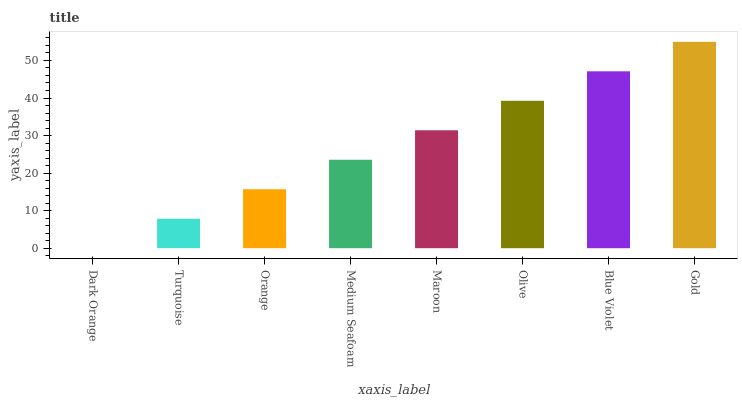
| xaxis_label | bars |
 | --- | --- |
 | Dark Orange | 0 |
 | Turquoise | 7.85 |
 | Orange | 15.7 |
 | Medium Seafoam | 23.6 |
 | Maroon | 31.4 |
 | Olive | 39.3 |
 | Blue Violet | 47.1 |
 | Gold | 55 |